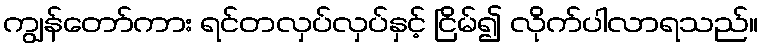
ကျွန်တော်ကား ရင်တလှပ်လှပ်နှင့် ငြိမ်၍ လိုက်ပါလာရသည်။